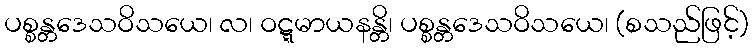
ပစ္စန္တဒေသဝိသယေ၊ လ၊ ဝဋ္ဋမာယနန္တိ၊ ပစ္စန္တဒေသဝိသယေ၊ (စသည်ဖြင့်)